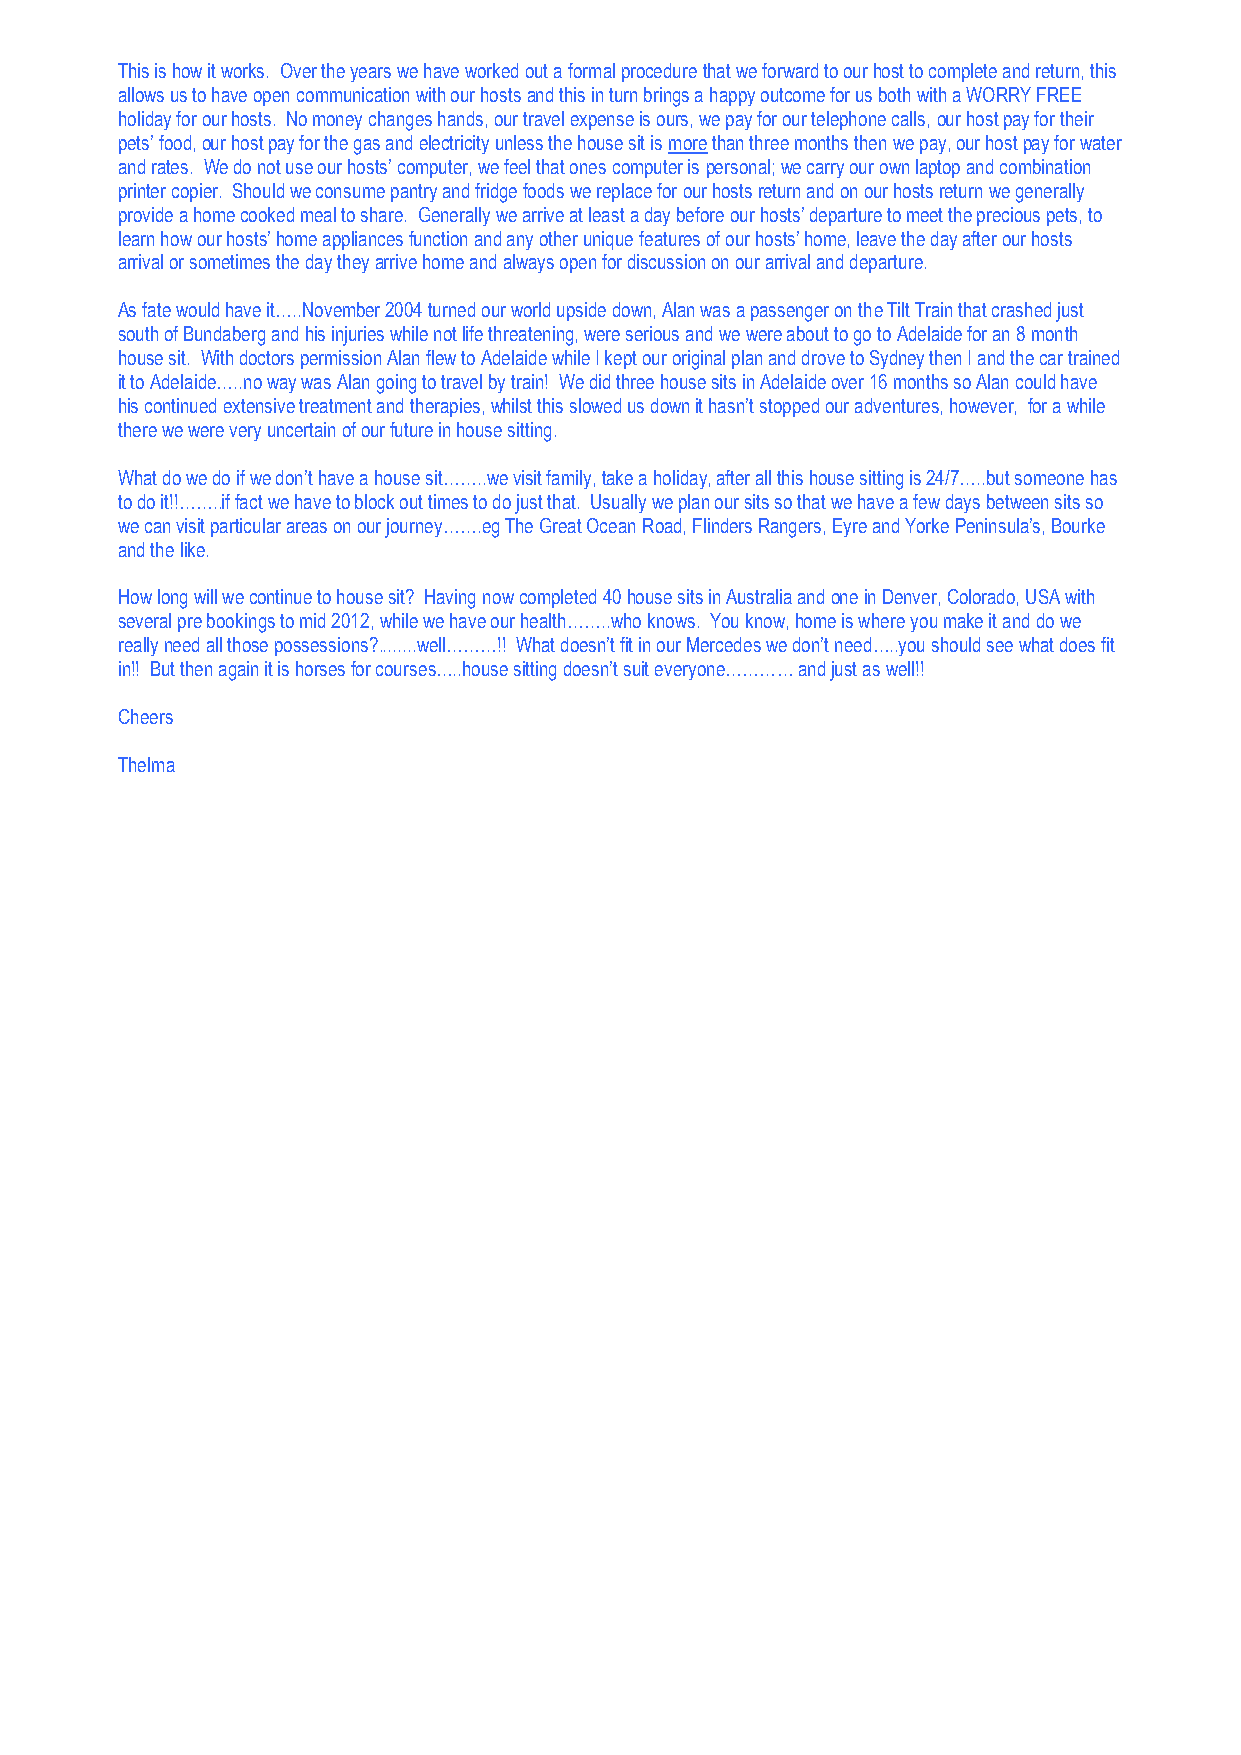
This is how it works. Over the years we have worked out a formal procedure that we forward to our host to complete and return, this
 allows us to have open communication with our hosts and this in turn brings a happy outcome for us both with a WORRY FREE
 holiday for our hosts. No money changes hands, our travel expense is ours, we pay for our telephone calls, our host pay for their
 pets’ food, our host pay for the gas and electricity unless the house sit is more than three months then we pay, our host pay for water
 and rates. We do not use our hosts’ computer, we feel that ones computer is personal; we carry our own laptop and combination
 printer copier. Should we consume pantry and fridge foods we replace for our hosts return and on our hosts return we generally
 provide a home cooked meal to share. Generally we arrive at least a day before our hosts’ departure to meet the precious pets, to
 learn how our hosts’ home appliances function and any other unique features of our hosts’ home, leave the day after our hosts
 arrival or sometimes the day they arrive home and always open for discussion on our arrival and departure.
 As fate would have it…..November 2004 turned our world upside down, Alan was a passenger on the Tilt Train that crashed just
 south of Bundaberg and his injuries while not life threatening, were serious and we were about to go to Adelaide for an 8 month
 house sit. With doctors permission Alan flew to Adelaide while I kept our original plan and drove to Sydney then I and the car trained
 it to Adelaide…..no way was Alan going to travel by train! We did three house sits in Adelaide over 16 months so Alan could have
 his continued extensive treatment and therapies, whilst this slowed us down it hasn’t stopped our adventures, however, for a while
 there we were very uncertain of our future in house sitting.
 What do we do if we don’t have a house sit……..we visit family, take a holiday, after all this house sitting is 24/7…..but someone has
 to do it!!……..if fact we have to block out times to do just that. Usually we plan our sits so that we have a few days between sits so
 we can visit particular areas on our journey…….eg The Great Ocean Road, Flinders Rangers, Eyre and Yorke Peninsula’s, Bourke
 and the like.
 How long will we continue to house sit? Having now completed 40 house sits in Australia and one in Denver, Colorado, USA with
 several pre bookings to mid 2012, while we have our health……..who knows. You know, home is where you make it and do we
 really need all those possessions?........well………!! What doesn’t fit in our Mercedes we don’t need…..you should see what does fit
 in!! But then again it is horses for courses…..house sitting doesn’t suit everyone………… and just as well!!
 Cheers
 Thelma